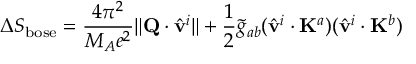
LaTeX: \Delta S _ { \mathrm { b o s e } } = \frac { 4 \pi ^ { 2 } } { M _ { A } e ^ { 2 } } \| { \bf Q } \cdot \hat { \bf v } ^ { i } \| + \frac { 1 } { 2 } \tilde { g } _ { a b } ( \hat { \bf v } ^ { i } \cdot { \bf K } ^ { a } ) ( \hat { \bf v } ^ { i } \cdot { \bf K } ^ { b } )